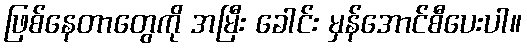
ဖြစ်နေတာတွေကို အမြီး ခေါင်း မှန်အောင်စီပေးပါ။